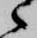
候